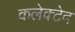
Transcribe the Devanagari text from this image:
कलेक्टेद